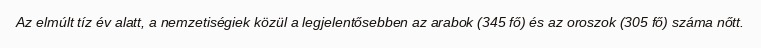
Az elmúlt tíz év alatt, a nemzetiségiek közül a legjelentősebben az arabok (345 fő) és az oroszok (305 fő) száma nőtt.